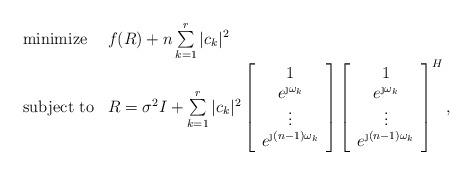
LaTeX: \begin{align*} \begin{array}{ll} \mbox{minimize} & f(R) + n \sum\limits_{k=1}^r |c_k|^2 \\ \mbox{subject to} & R = \sigma^2 I + \sum\limits_{k=1}^r |c_k|^2 \left[\begin{array}{c} 1 \\ e^{\j\omega_k} \\ \vdots \\ e^{\j (n-1)\omega_k} \end{array}\right] \left[\begin{array}{c} 1 \\ e^{\j\omega_k} \\ \vdots \\ e^{\j (n-1)\omega_k} \end{array}\right]^H, \end{array}\end{align*}